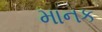
માનક